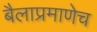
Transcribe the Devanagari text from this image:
बैलाप्रमाणेच